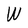
Character: W